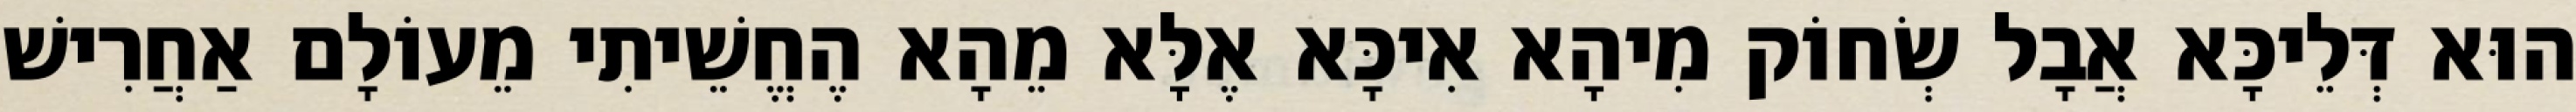
הוּא דְּלֵיכָּא אֲבָל שְׂחוֹק מִיהָא אִיכָּא אֶלָּא מֵהָא הֶחֱשֵׁיתִי מֵעוֹלָם אַחֲרִישׁ